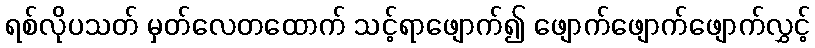
ရစ်လိုပသတ် မှတ်လေတထောက် သင့်ရာဖျောက်၍ ဖျောက်ဖျောက်ဖျောက်လွှင့်